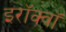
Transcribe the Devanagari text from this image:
इरॉक्वॉ